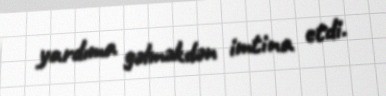
yardıma gəlməkdən imtina etdi.